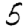
Digit: 5